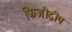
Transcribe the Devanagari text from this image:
फिजीद्वीप